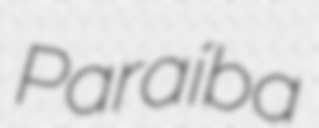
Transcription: Paraíba